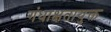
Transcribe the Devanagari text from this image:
गंधाक्षतायुक्त